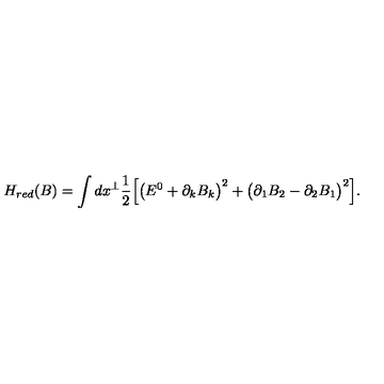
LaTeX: H _ { r e d } ( B ) = \int d x ^ { \perp } \frac { 1 } { 2 } \Big [ \big ( E ^ { 0 } + \partial _ { k } B _ { k } \big ) ^ { 2 } + \big ( \partial _ { 1 } B _ { 2 } - \partial _ { 2 } B _ { 1 } \big ) ^ { 2 } \Big ] .